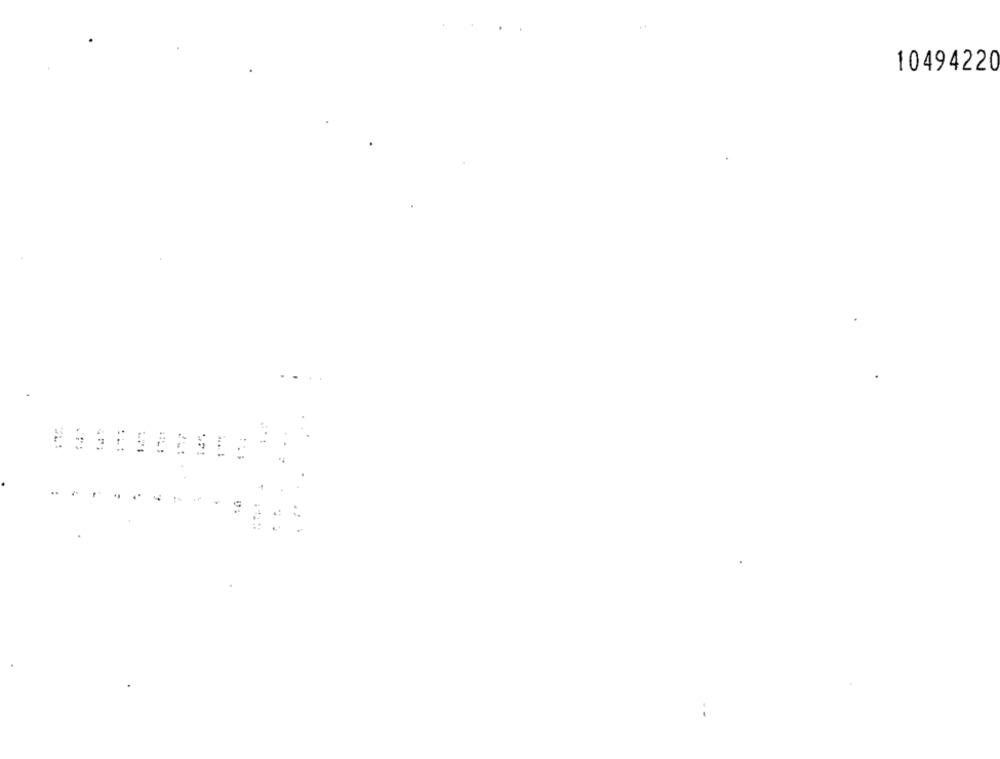
10494220